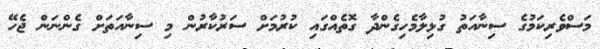
މަސްވެރިކަމުގެ ސިނާއަތު ގުޅިލާމެހިގެންދާ ގޮތެއްގައި ކުރުމަށް ސަރުކާރުން މި ސިނާއަތަށް ގެންނަން ޖެހޭ